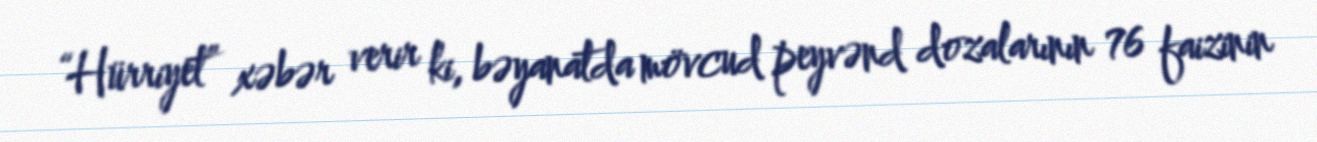
“Hürriyet” xəbər verir ki, bəyanatda mövcud peyvənd dozalarının 76 faizinin